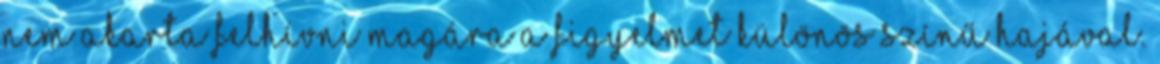
nem akarta felhívni magára a figyelmet különös színű hajával.